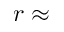
r \approx